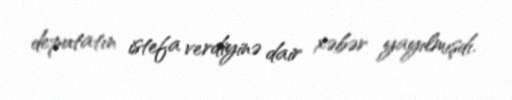
deputatın istefa verdiyinə dair xəbər yayılmışdı.